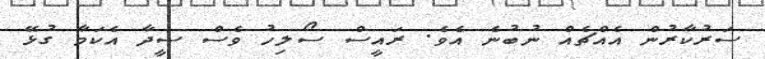
ސަރުކާރުން އެއްޗެއް ނުބުނެ އެވެ. ރައީސް ސޯލިހު ވެސް ސީދާ އެކަމާ ގުޅޭ